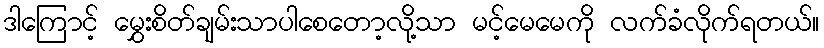
ဒါကြောင့် မွှေးစိတ်ချမ်းသာပါစေတော့လို့သာ မင့်မေမေကို လက်ခံလိုက်ရတယ်။